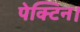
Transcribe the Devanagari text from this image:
पेक्टिन।